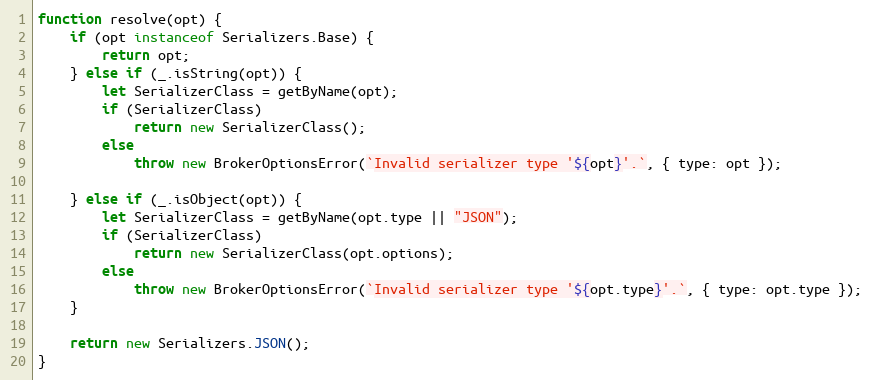
Language: JavaScript
function resolve(opt) {
	if (opt instanceof Serializers.Base) {
		return opt;
	} else if (_.isString(opt)) {
		let SerializerClass = getByName(opt);
		if (SerializerClass)
			return new SerializerClass();
		else
			throw new BrokerOptionsError(`Invalid serializer type '${opt}'.`, { type: opt });

	} else if (_.isObject(opt)) {
		let SerializerClass = getByName(opt.type || "JSON");
		if (SerializerClass)
			return new SerializerClass(opt.options);
		else
			throw new BrokerOptionsError(`Invalid serializer type '${opt.type}'.`, { type: opt.type });
	}

	return new Serializers.JSON();
}